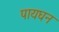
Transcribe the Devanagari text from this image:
पायघन